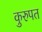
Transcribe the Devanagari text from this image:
कुरुपत